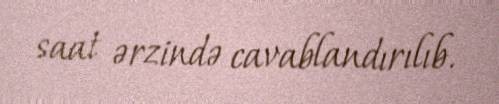
saat ərzində cavablandırılıb.